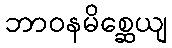
ဘာဝနမိစ္ဆေယျ